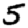
Digit: 5